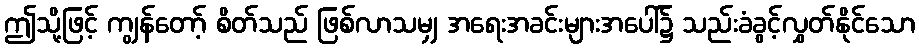
ဤသို့ဖြင့် ကျွန်တော့် စိတ်သည် ဖြစ်လာသမျှ အရေးအခင်းများအပေါ်၌ သည်းခံခွင့်လွှတ်နိုင်သော